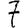
Digit: 7